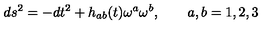
d s ^ { 2 } = - d t ^ { 2 } + h _ { a b } ( t ) \omega ^ { a } \omega ^ { b } , \qquad a , b = 1 , 2 , 3